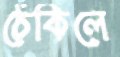
ঠেকিলে